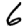
Digit: 6